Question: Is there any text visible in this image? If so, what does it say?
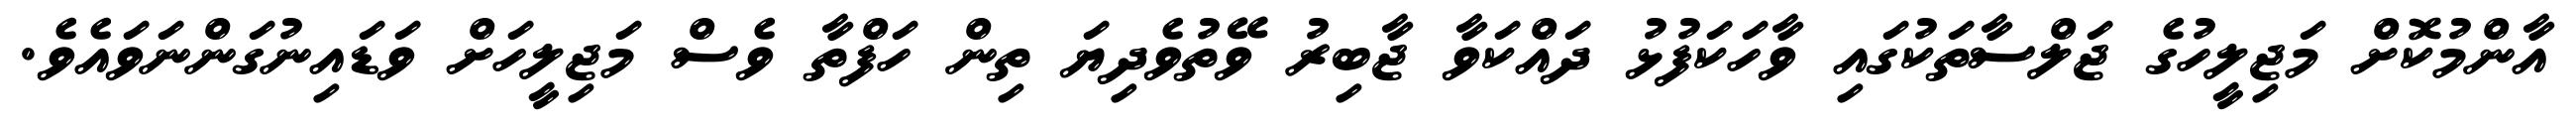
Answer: އާންމުކޮށް މަޖިލީހުގެ ޖަލްސާތަކުގައި ވާހަކަފުޅު ދައްކަވާ ޖާބިރު ވޭތުވެދިޔަ ތިން ހަފްތާ ވެސް މަޖިލީހަށް ވަޑައިނުގަންނަވައެވެ.